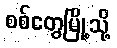
စစ်တွေမြို့သို့